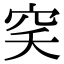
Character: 穾